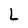
Character: L